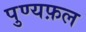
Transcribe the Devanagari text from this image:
पुण्यफ़ल